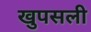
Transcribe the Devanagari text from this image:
खुपसली